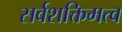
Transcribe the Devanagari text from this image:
सर्वशक्तिमत्व